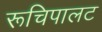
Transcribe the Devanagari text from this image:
रूचिपालट